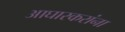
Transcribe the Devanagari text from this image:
आघारकरांना